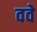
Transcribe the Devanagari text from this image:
ववे